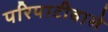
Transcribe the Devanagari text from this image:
परिपाटीवाले